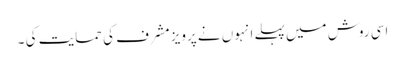
اسی روش میں پہلے انہوں نے پرویز مشرف کی حمایت کی ۔